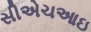
સીએચઆઇ